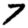
Digit: 7